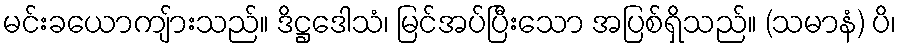
မင်းခယောကျ်ားသည်။ ဒိဋ္ဌဒေါသံ၊ မြင်အပ်ပြီးသော အပြစ်ရှိသည်။ (သမာနံ) ပိ၊